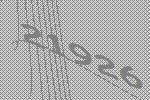
21926